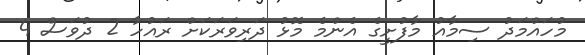
މުހައްމަދު ސިމާއު މާފުށީގެ އެންމެ މޮޅު ދަރިވަރަކަށް ރައުހާ 2 ދުވަސް 4